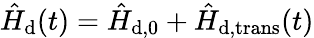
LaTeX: \hat{H}_{\mathrm{d}}(t)=\hat{H}_{\mathrm{d},0}+\hat{H}_{\mathrm{d,trans}}(t)